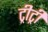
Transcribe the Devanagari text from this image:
ट्रीट्री